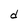
Character: d